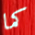
كما